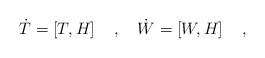
LaTeX: \begin{align*}{\dot T} = \left[ T, H \right] \quad , \quad{\dot W} = \left[ W, H \right] \quad , \end{align*}